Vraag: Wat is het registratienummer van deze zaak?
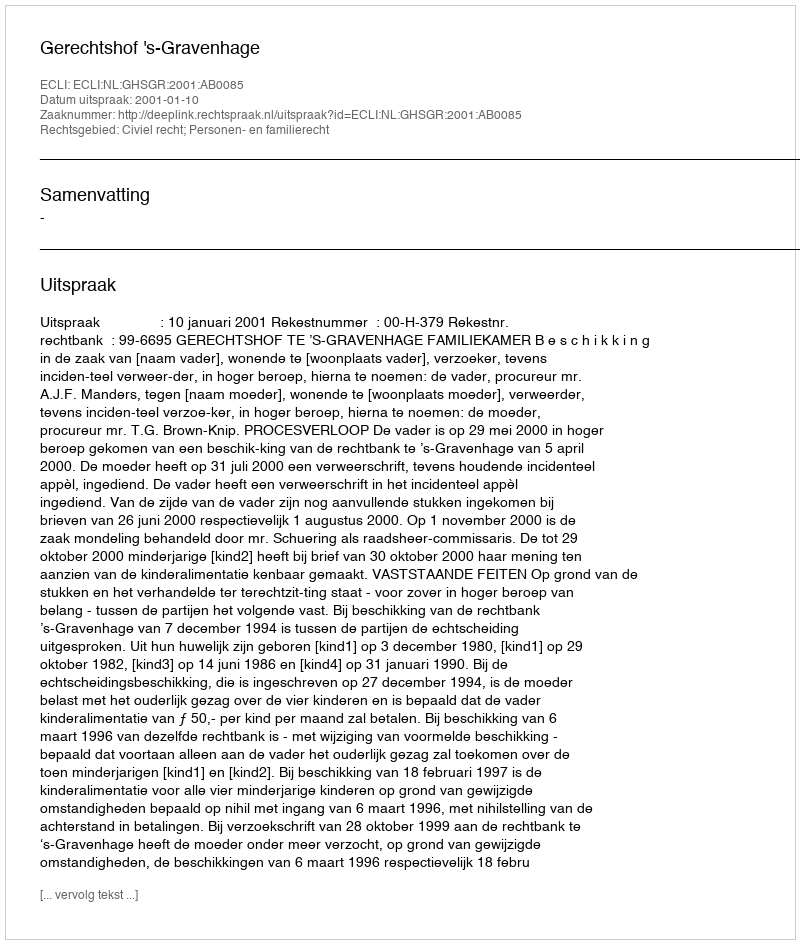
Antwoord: http://deeplink.rechtspraak.nl/uitspraak?id=ECLI:NL:GHSGR:2001:AB0085